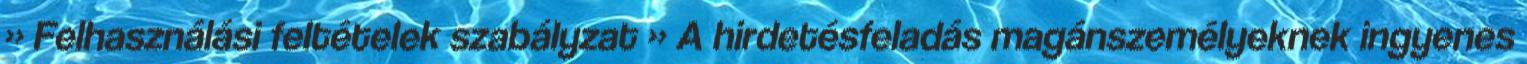
» Felhasználási feltételek szabályzat » A hirdetésfeladás magánszemélyeknek ingyenes